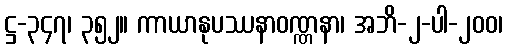
ဋ္ဌ-၃၄၇၊ ၃၅၂။ ကာယာနုပဿနာဝဏ္ဏနာ၊ အဘိ-၂-ပါ-၂၀၀၊